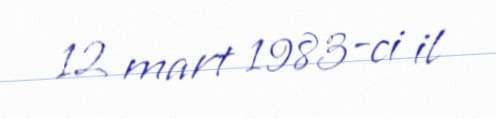
12 mart 1983-ci il